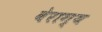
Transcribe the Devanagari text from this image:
वेराग्य